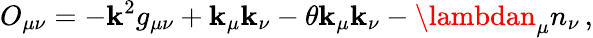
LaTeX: O_{\mu\nu}=-\mathbf{k}^{2}g_{\mu\nu}+\mathbf{k}_{\mu}\mathbf{k}_{\nu}-\theta\mathbf{k}_{\mu}\mathbf{k}_{\nu}-\lambdan_{\mu}n_{\nu}\, ,